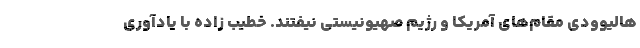
هالیوودی مقام‌های آمریکا و رژیم صهیونیستی نیفتند. خطیب زاده با یادآوری